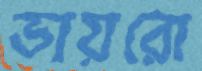
ভায়রো